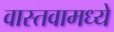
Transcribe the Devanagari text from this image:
वास्तवामध्ये